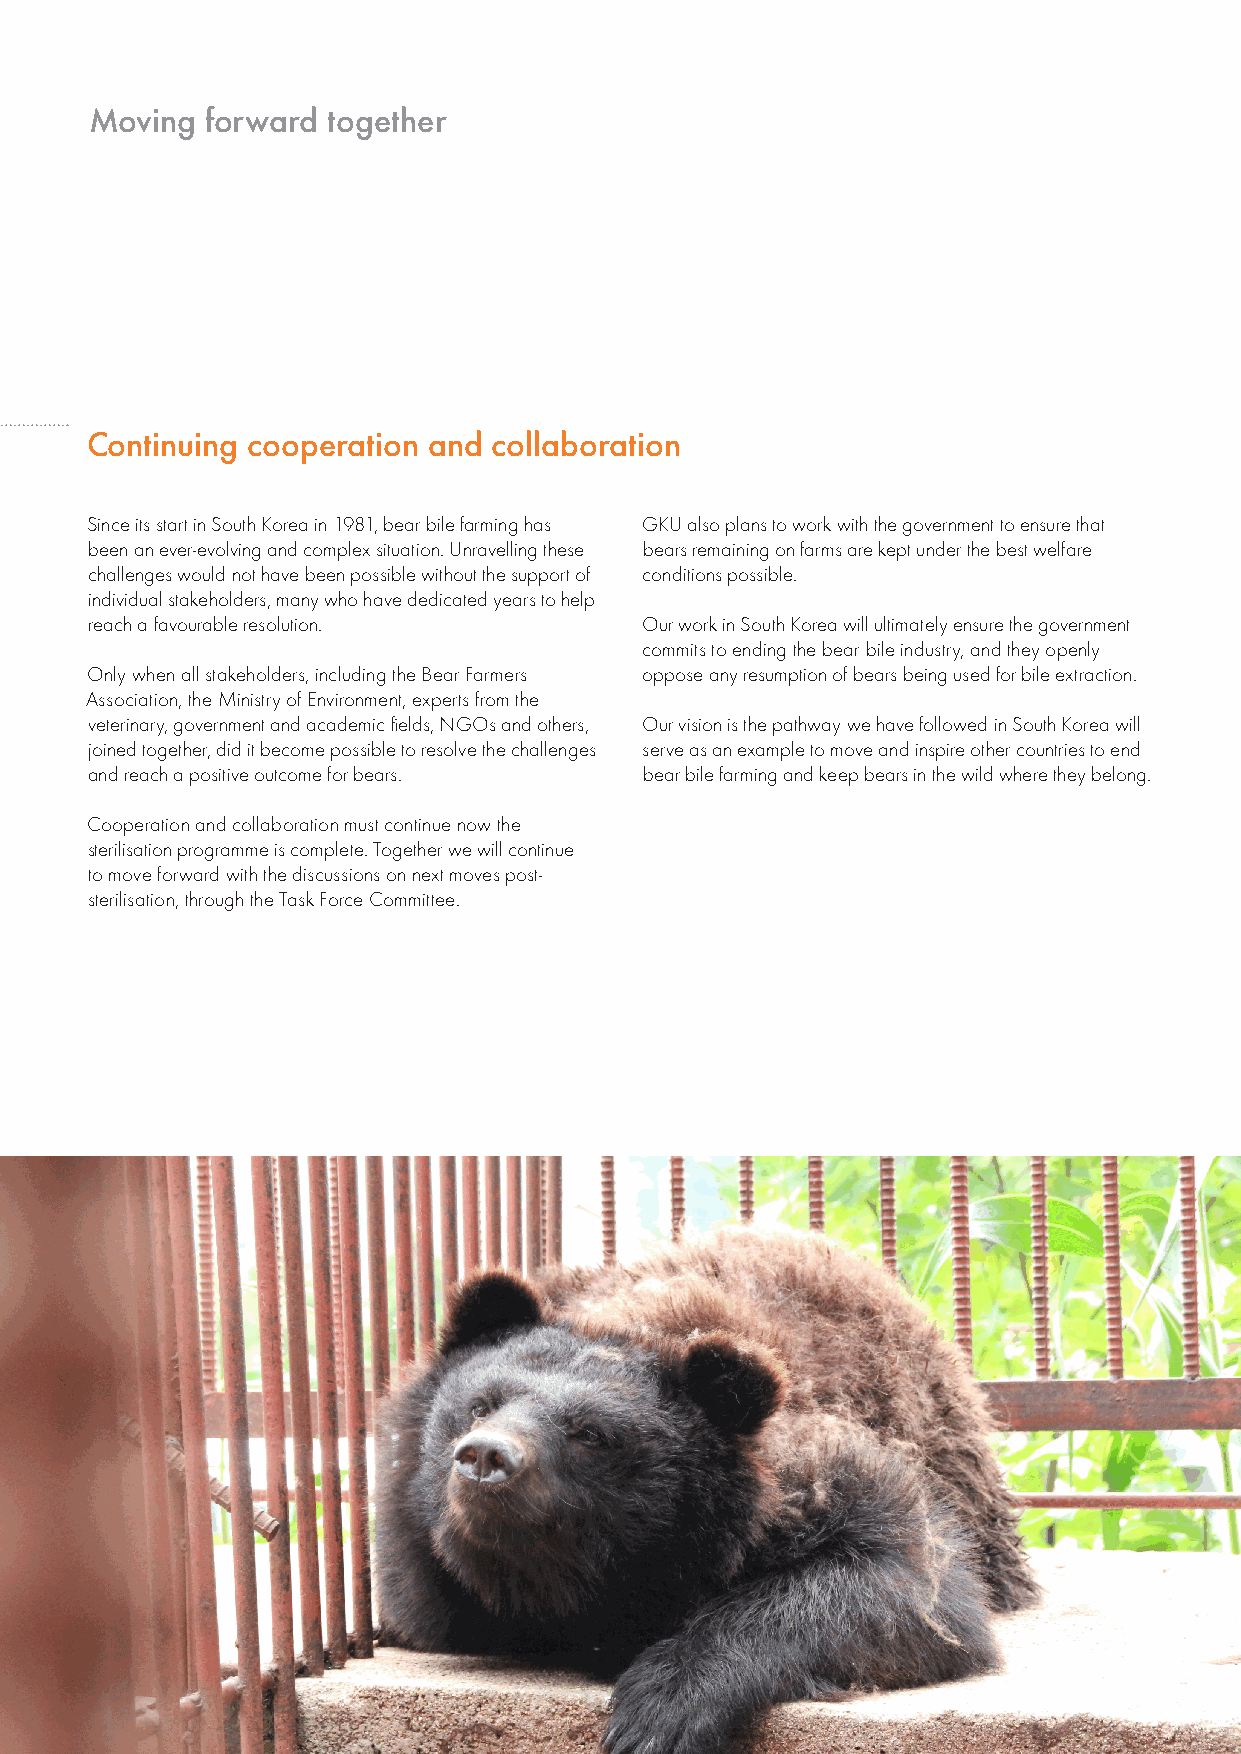
Moving  forward together
 Continuing cooperation and collaboration
 Since its start in South Korea in 1981, bear bile farming has GKU also plans to work with the government to ensure that
 been an ever-evolving and complex situation. Unravelling these bears remaining on farms are kept under the best welfare
 challenges would not have been possible without the support of conditions possible.
 individual stakeholders, many who have dedicated years to help
 reach a favourable resolution.      Our work in South Korea will ultimately ensure the government
 commits to ending the bear bile industry, and they openly
 Only when all stakeholders, including the Bear Farmers oppose any resumption of bears being used for bile extraction.
 Association, the Ministry of Environment, experts from the
 veterinary, government and academic fields, NGOs and others, Our vision is the pathway we have followed in South Korea will
 joined together, did it become possible to resolve the challenges serve as an example to move and inspire other countries to end
 and reach a positive outcome for bears. bear bile farming and keep bears in the wild where they belong.
 Cooperation and collaboration must continue now the
 sterilisation programme is complete. Together we will continue
 to move forward with the discussions on next moves post-
 sterilisation, through the Task Force Committee.